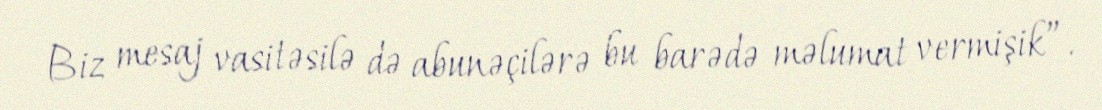
Biz mesaj vasitəsilə də abunəçilərə bu barədə məlumat vermişik”.